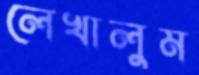
লেখালুম